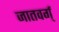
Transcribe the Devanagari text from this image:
जातवर्ग्